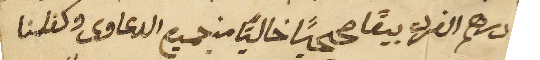
درهم الفرد بيعًا صححيًا خاليًا من جميع الدعاوى وكفلنا